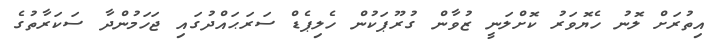
އިތުރަށް ލޮނު ހެޔޮވަރު ކޮށްލަނީ ޒުވާން ގުރޫޕަކުން ހެލިޕެޑް ސަރަޙައްދުގައި ޖަހަމުންދާ ސަކަރާތުގެ